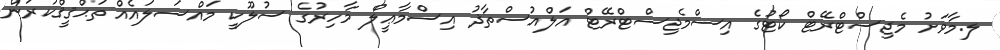
ލ.މާވަށު މެޖިސްޓްރޭޓް ކޯޓުގެ އިސްމެޖިސްޓްރޭޓް އަލްއުސްތާޛު އިސްމާޢީލް މާހިރުގެ ސުލޫކީ މައްސަލައެއް ތަޙްޤީޤްކުރަން